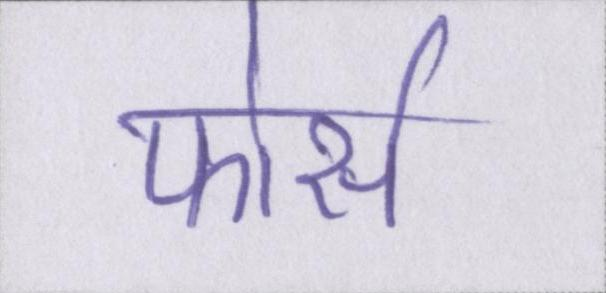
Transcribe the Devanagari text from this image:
फोर्स